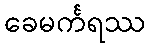
ခေမင်္ကရဿ